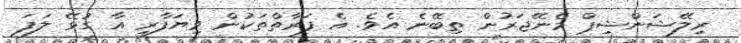
ރިލޭޝަންޝިޕް މެނޭޖަރުން ތިބޭނެ އެވެ. އެ ފަރާތްތަކުން ވިޔަފާރި އާ ގުޅޭ ލަފަ